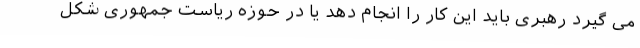
می گیرد رهبری باید این کار را انجام دهد یا در حوزه ریاست جمهوری شکل